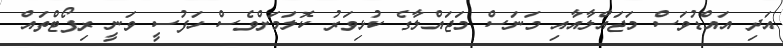
އަދި އައްޑުވަސް މަޖައްލާއާއި މަނަސް މަޖައްލާގެ ކުޅިވަރު ކޮލަމަށްވެސް ހަފުސީ ވަނީ ރިޕޯޓްތައް